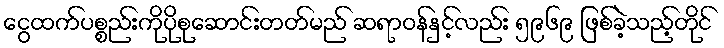
ငွေထက်ပစ္စည်းကိုပိုစုဆောင်းတတ်မည် ဆရာဝန်နှင့်လည်း ၅၉၆၉ ဖြစ်ခဲ့သည့်တိုင်